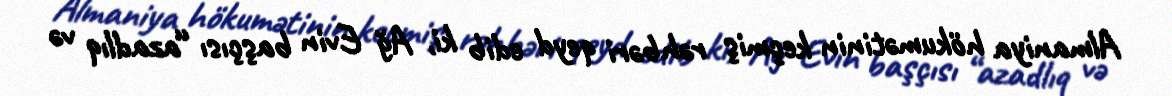
Almaniya hökumətinin keçmiş rəhbəri qeyd edib ki, Ağ Evin başçısı “azadlıq və